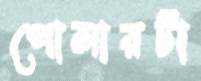
পোলারটা